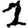
Digit: 1